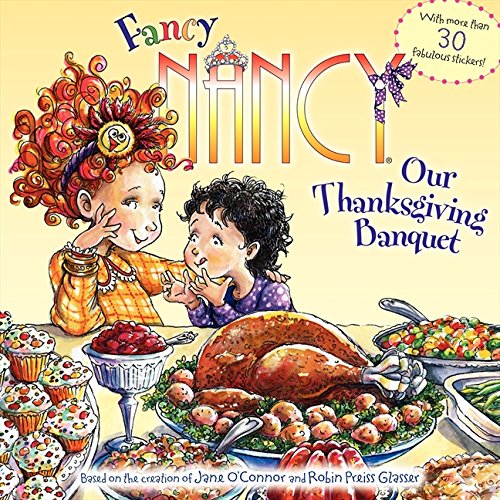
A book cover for Fancy Nancy: Our Thanksgiving Banquet; Jane O'Connor; Children's Books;